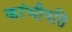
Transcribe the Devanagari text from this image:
कांचीपति